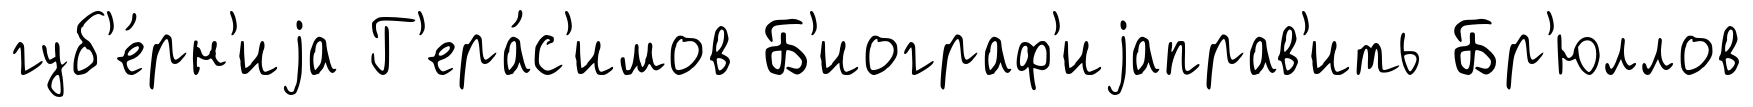
губ'е́рн'иjа Г'ера́с'имов Б'иограф'иjаправ'ить Бр'юллов